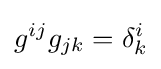
g^{ij}g_{jk}=\delta _{k}^{i}